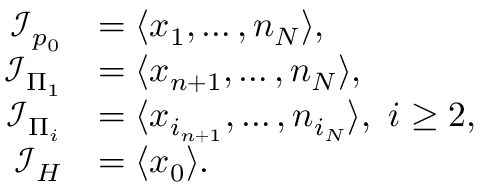
\begin{array} { r l } { \mathcal { I } _ { p _ { 0 } } } & { = \langle x _ { 1 } , \dots , n _ { N } \rangle , } \\ { \mathcal { I } _ { \Pi _ { 1 } } } & { = \langle x _ { n + 1 } , \dots , n _ { N } \rangle , } \\ { \mathcal { I } _ { \Pi _ { i } } } & { = \langle x _ { i _ { n + 1 } } , \dots , n _ { i _ { N } } \rangle , \ i \ge 2 , } \\ { \mathcal { I } _ { H } } & { = \langle x _ { 0 } \rangle . } \end{array}